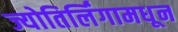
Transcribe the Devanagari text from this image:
ज्योतिर्लिंगामधून